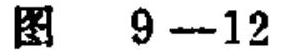
图 \(9 - 12\)